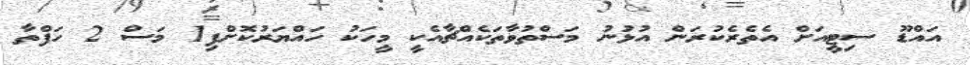
އައްޑޫ ސިޓީއަށް އެތެރެކުރަން އުޅުނު މަސްތުވާތަކެއްޗާއެކީ މީހަކު ހައްޔަރުކޮށްފި1 މަސް 2 ހަފްތާ